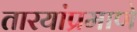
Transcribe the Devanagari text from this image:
तारयांप्रमाणे